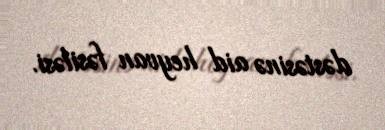
dəstəsinə aid heyvan fəsiləsi.